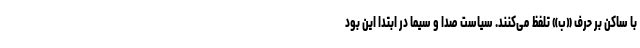
با ساکن بر حرف «ب» تلفظ می‌کنند. سیاست صدا و سیما در ابتدا این بود